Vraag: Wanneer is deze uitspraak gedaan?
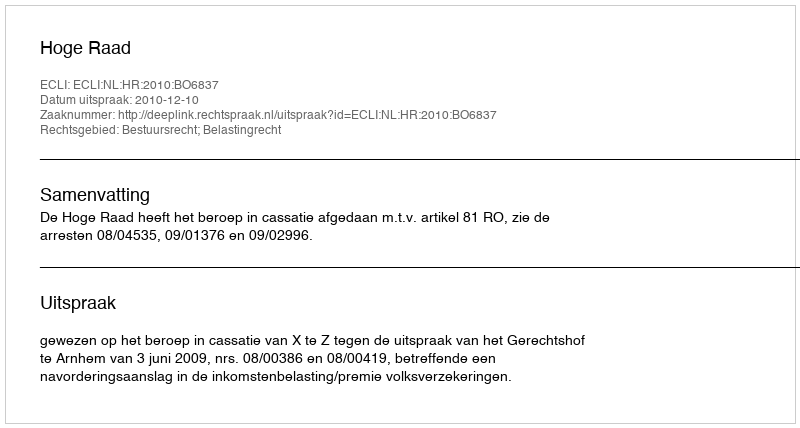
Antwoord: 2010-12-10